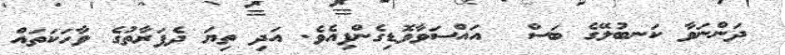
ދަންނަވާ ކަނބުލޭގެ ބަސް  އައްސަވާވޮޑިގެންފިއެވެ. އަދި ތިޔަ ދެފަރާތުގެ ވާހަކަތައް